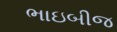
ભાઇબીજ